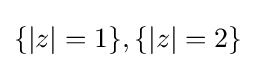
\{|z|=1\},\{|z|=2\}